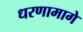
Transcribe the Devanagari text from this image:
धरणामागे